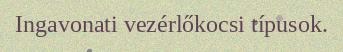
Ingavonati vezérlőkocsi típusok.